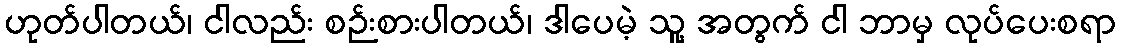
ဟုတ်ပါတယ်၊ ငါလည်း စဉ်းစားပါတယ်၊ ဒါပေမဲ့ သူ့ အတွက် ငါ ဘာမှ လုပ်ပေးစရာ